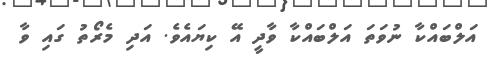
އަލްބައްކާ ނުވަތަ އަލްބައްކާ ވާދީ އޭ ކިޔައެވެ. އަދި މެރޯތު ގައި ވާ